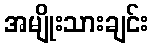
အမျိုးသားချင်း